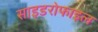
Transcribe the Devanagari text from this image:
साइडरोफाइल